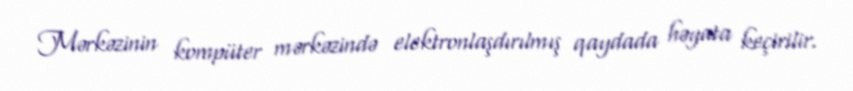
Mərkəzinin kompüter mərkəzində elektronlaşdırılmış qaydada həyata keçirilir.